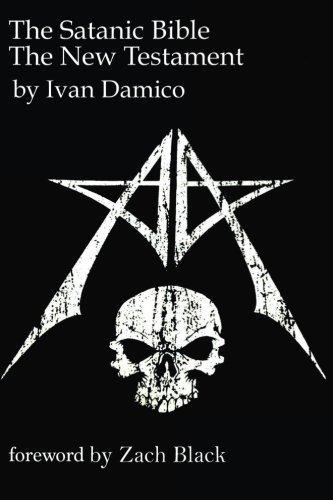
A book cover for The Satanic Bible- The New Testament book one; Ivan D'Amico; Religion & Spirituality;